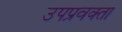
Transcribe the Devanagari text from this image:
उपप्रवक्ता